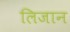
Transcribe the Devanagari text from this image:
लिजान